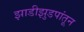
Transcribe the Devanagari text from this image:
झाडीझुडपांतून